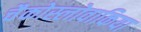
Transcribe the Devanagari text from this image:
चैकोस्लोवाकिया